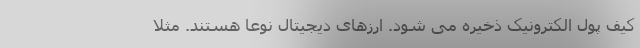
کیف پول الکترونیک ذخیره می شود. ارزهای دیجیتال نوعاً هستند. مثلاً